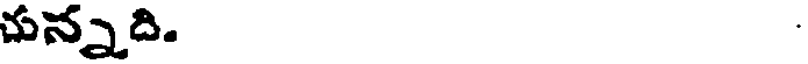
చున్నది.